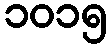
၁၀၁၅